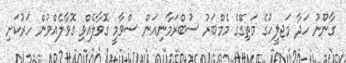
ގާނޫނު ހަދާ މަޖލީހުގެ މަތިގޭގެ މެމްބަރު ސުބްރަމާނިއަން ސްވާމީ ގޮވާލެއްވި ގޮވާލެއްވުން ހަރުކަށި